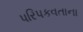
પરિપકવતાના